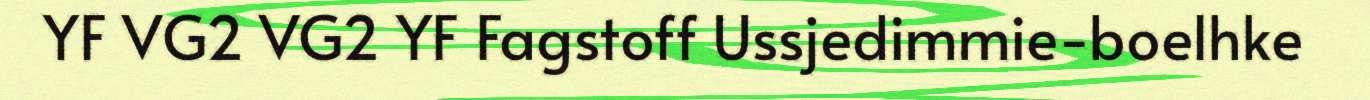
YF VG2 VG2 YF Fagstoff Ussjedimmie-boelhke